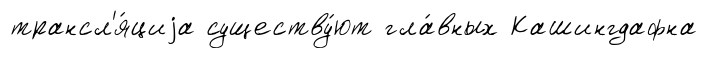
трансл'я́циjа существу́ют гла́вных Кашингдафна